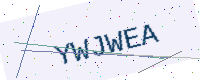
Text: YWJWEA